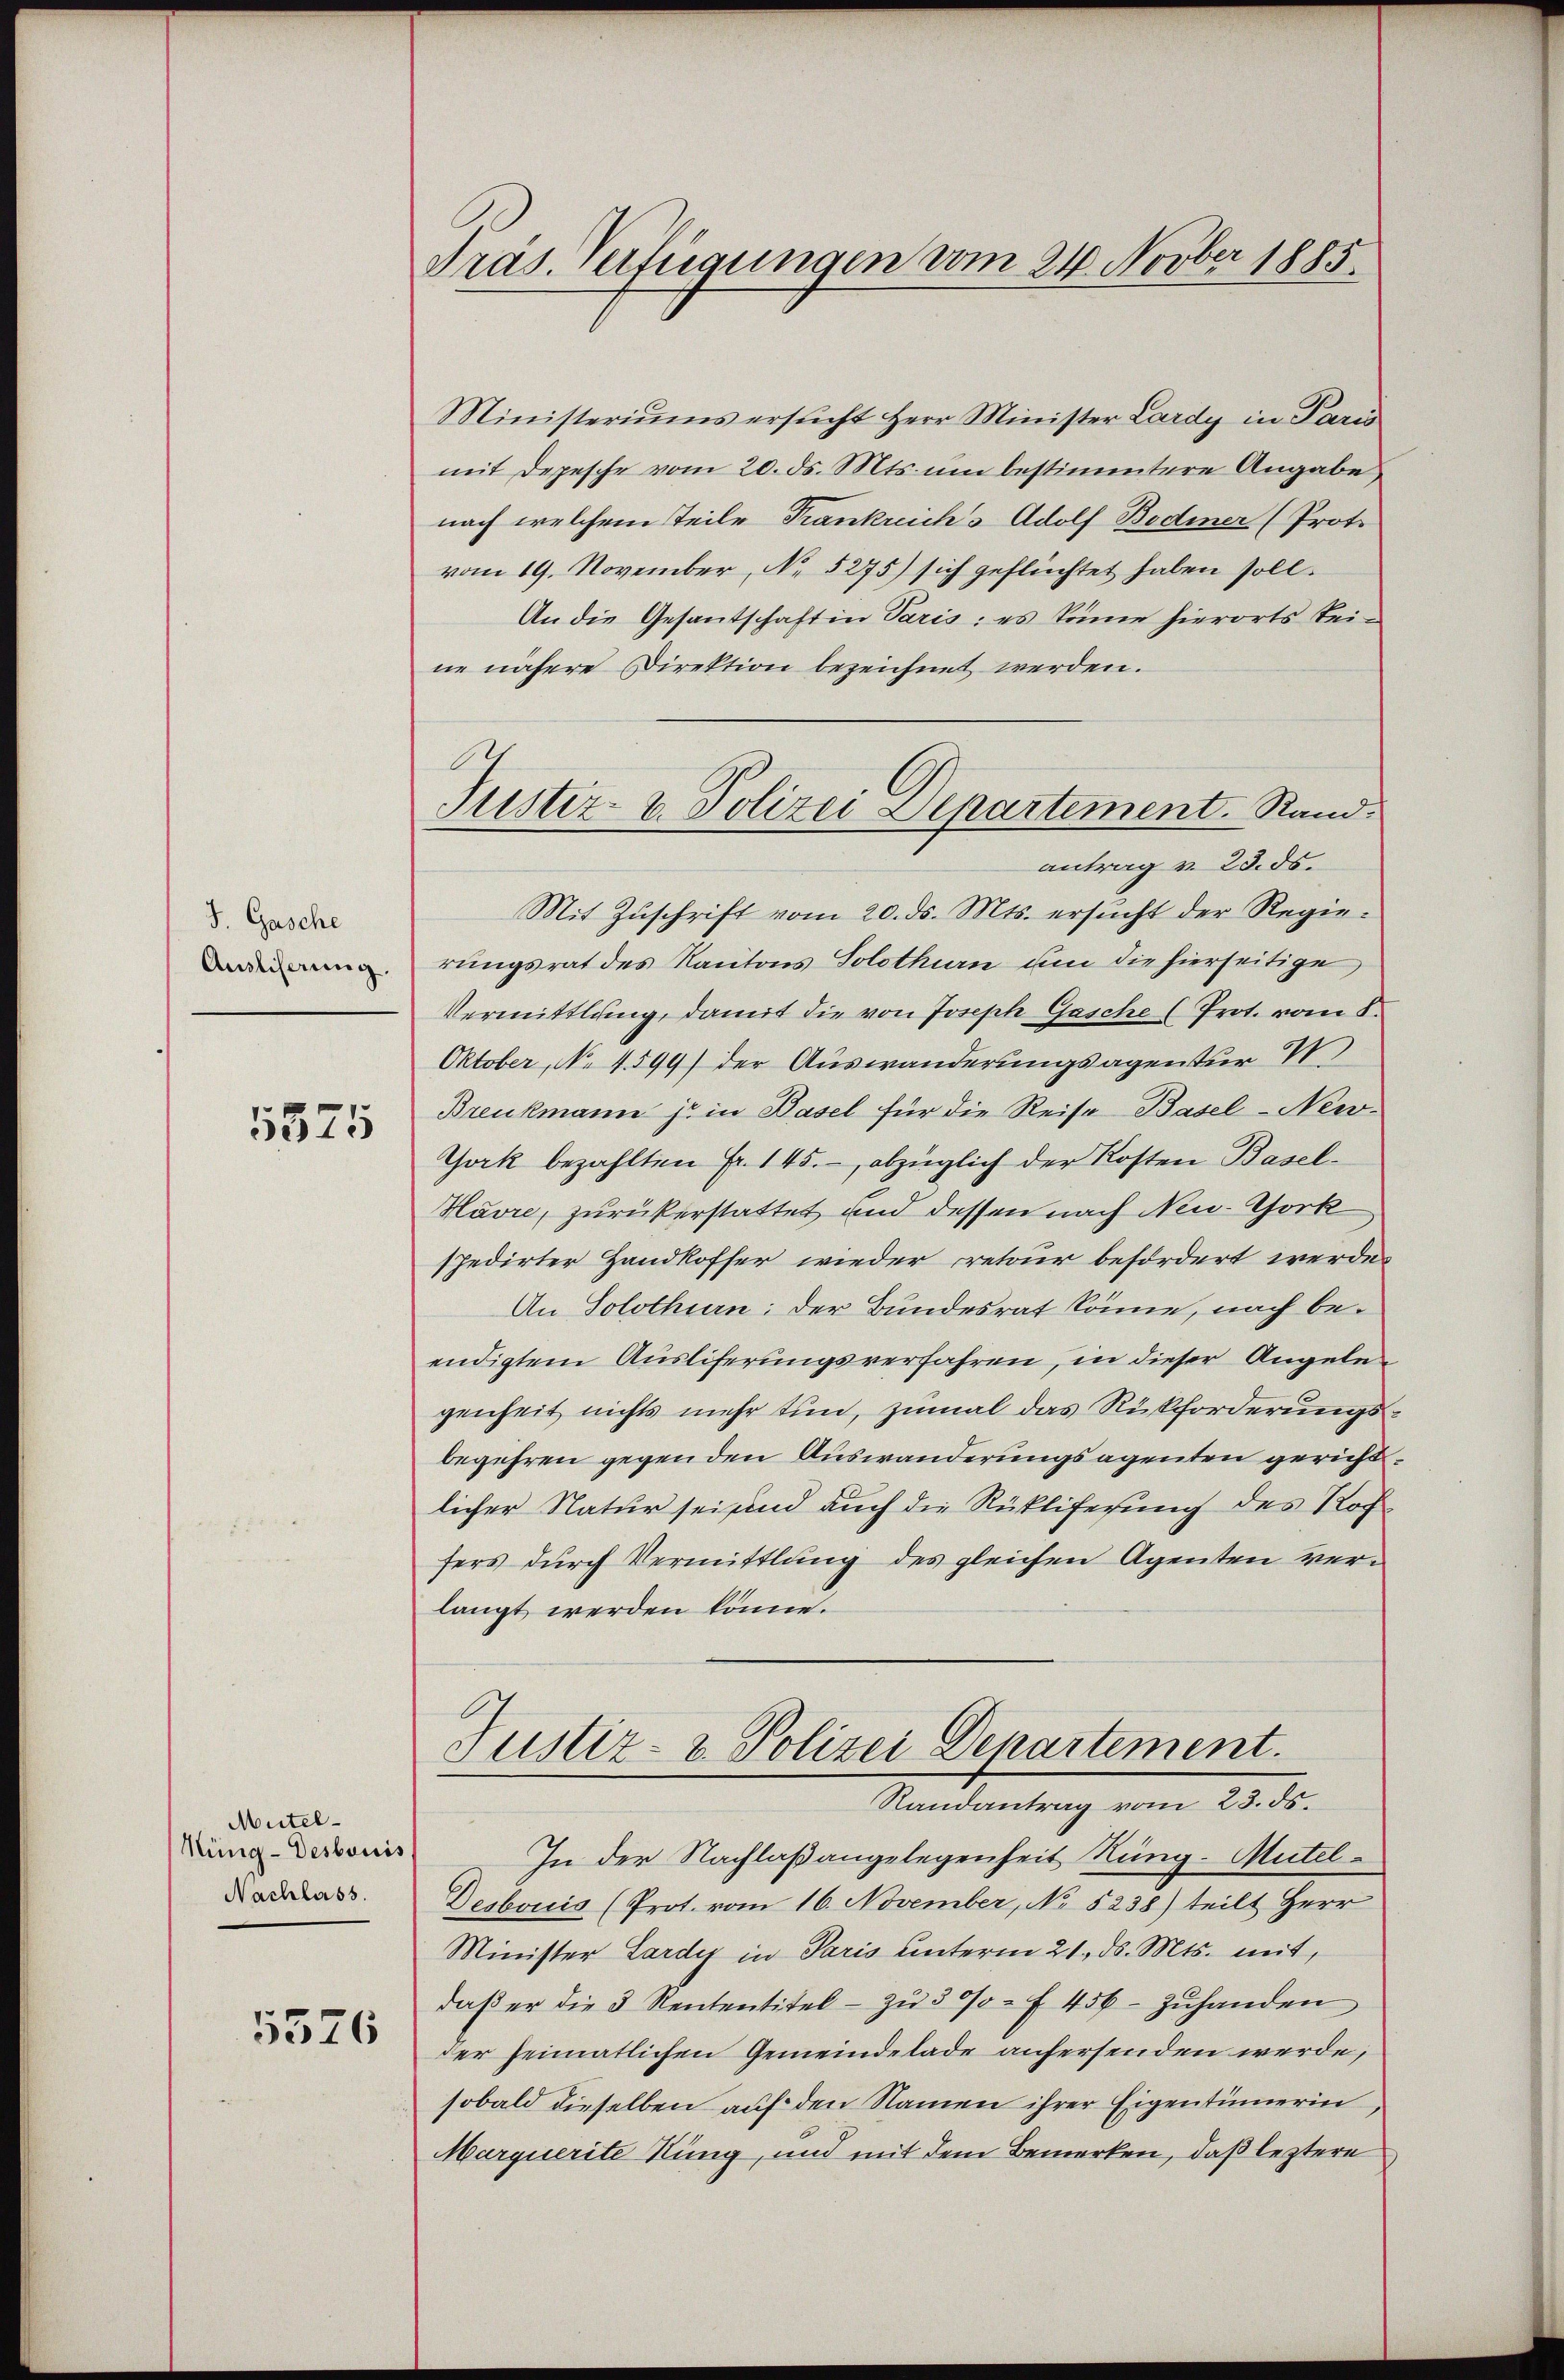
J. Gasche
Ausliserung.

5575

Mütel-
Nüng-Desbouis
Nachlass.
5576

Präs. Verfügungen vom 24. Novber 1885.

Ministeriŭms ersŭcht Herr Minister Lardy in Paris
mit Depesche vom 20. ds. Mts. um bestimmtere Angabe
nach welchem Teile Trankreich's Adolf Bodmer (Proto
vom 19. November, No. 5275) sich geflüchtet haben soll.
An die Gesantschaft in Paris: es könne hierorts keine nähere Direktion bezeichnet werden.
Mit Zuschrift vom 20. ds. Mts. ersucht der Regierungsrat des Kantons Solothurn um die hierseitige
Vermittlung, damit die von Joseph Gasche (Prot. vom 8.
Oktober, No 4599) der Auswanderungsagentur 4
Breukmann je in Basel für die Reise Basel-New-
York bezahlten Fr. 145. abzüglich der Kosten Basel-
Havre, zurückerstattet und dessen nach Neu-Chork
spedirter Handkoffer wieder retour befördert werde.
An Solothurn, der Bundesrat könne, nach beendigtem Ausliferungsverfahren, in dieser Angelegenheit nichts mehr tun, zumal das Rückforderungsbegehren gegen den Auswanderungsagenten gericht.
licher Natur sei sind auch die Rüklifesung des Roffers durch Vermittlung des gleichen Agenten verlangt werden könne.

I
Justiz- u. Polizei Departement. Stand.
antrag v. 23. ds.

Justiz- & Polizei Departement.
Randantrag vom 23. ds.

In der Nachlaßangelegenheit Rüng-Mutel¬
Desbouis (Prot. vom 16. November, No 5238) teilt Herr
Minister Lardy in Paris unterm 21. d. Mts. mit,
daβ er die 3 Rententitel zŭ 300 f 456 zŭhanden
der heimatlichen Gemeindelade anfersenden werde,
sobald dieselben auf den Namen ihrer Eigentümerin,
Marquerite Küng, und mit dem Bemerken, daß leztere